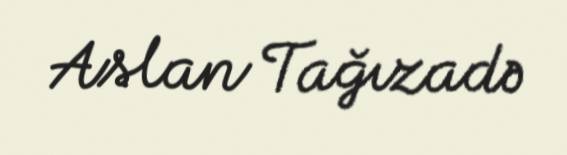
Aslan Tağızadə